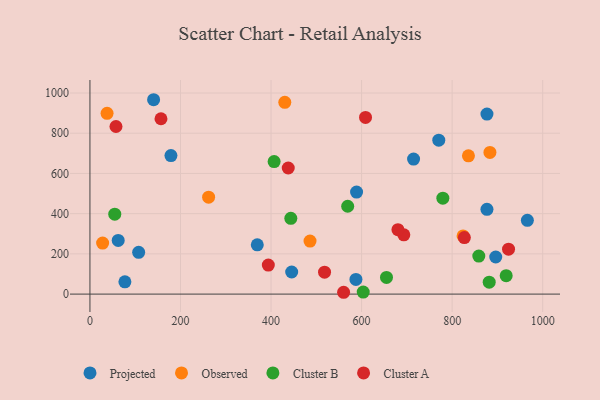
{"axis": {"x": "Distance", "y": "Profit"}, "legend": ["Cluster A", "Cluster B", "Observed", "Projected"], "data": [{"x": "62.4", "y": 267.1, "type": "Projected"}, {"x": "140.6", "y": 966.6, "type": "Projected"}, {"x": "587.5", "y": 72.9, "type": "Projected"}, {"x": "107.6", "y": 208.0, "type": "Projected"}, {"x": "714.8", "y": 671.5, "type": "Projected"}, {"x": "876.9", "y": 895.3, "type": "Projected"}, {"x": "966.2", "y": 367.1, "type": "Projected"}, {"x": "876.9", "y": 421.4, "type": "Projected"}, {"x": "369.6", "y": 245.2, "type": "Projected"}, {"x": "178.9", "y": 688.9, "type": "Projected"}, {"x": "896.3", "y": 184.4, "type": "Projected"}, {"x": "445.6", "y": 110.0, "type": "Projected"}, {"x": "77.2", "y": 61.2, "type": "Projected"}, {"x": "770.5", "y": 765.5, "type": "Projected"}, {"x": "588.9", "y": 507.2, "type": "Projected"}, {"x": "883.5", "y": 704.5, "type": "Observed"}, {"x": "836.0", "y": 687.8, "type": "Observed"}, {"x": "28.0", "y": 253.6, "type": "Observed"}, {"x": "486.1", "y": 263.9, "type": "Observed"}, {"x": "262.1", "y": 482.0, "type": "Observed"}, {"x": "430.4", "y": 953.6, "type": "Observed"}, {"x": "37.8", "y": 898.9, "type": "Observed"}, {"x": "824.2", "y": 289.2, "type": "Observed"}, {"x": "603.6", "y": 10.0, "type": "Cluster B"}, {"x": "54.8", "y": 397.5, "type": "Cluster B"}, {"x": "655.0", "y": 82.7, "type": "Cluster B"}, {"x": "858.9", "y": 189.0, "type": "Cluster B"}, {"x": "443.7", "y": 376.9, "type": "Cluster B"}, {"x": "779.5", "y": 477.2, "type": "Cluster B"}, {"x": "919.4", "y": 91.7, "type": "Cluster B"}, {"x": "569.3", "y": 437.0, "type": "Cluster B"}, {"x": "881.9", "y": 59.1, "type": "Cluster B"}, {"x": "406.8", "y": 659.2, "type": "Cluster B"}, {"x": "518.2", "y": 109.3, "type": "Cluster A"}, {"x": "924.6", "y": 223.6, "type": "Cluster A"}, {"x": "693.3", "y": 294.7, "type": "Cluster A"}, {"x": "560.3", "y": 9.1, "type": "Cluster A"}, {"x": "827.0", "y": 281.3, "type": "Cluster A"}, {"x": "57.5", "y": 833.4, "type": "Cluster A"}, {"x": "394.0", "y": 144.6, "type": "Cluster A"}, {"x": "438.0", "y": 627.0, "type": "Cluster A"}, {"x": "156.9", "y": 872.0, "type": "Cluster A"}, {"x": "680.3", "y": 320.4, "type": "Cluster A"}, {"x": "608.7", "y": 878.8, "type": "Cluster A"}]}